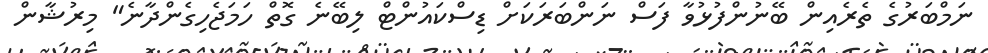
ނަމްބަރުގެ ތެރެއިން ބޭނުންފުޅުވާ ފަސް ނަންބަރަކަށް ޑިސްކައުންޓް ލިބޭނެ ގޮތް ހަމަޖެހިގެންދާނެ" މިރުޝާން